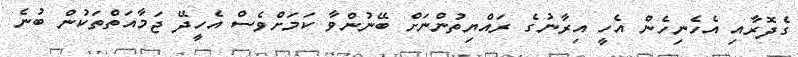
ގެދޮރާއި އެހެނިހެން އެހީ އިރާނުގެ ރައްޔިތުންނަށް ބޭނުންވާ ކަމަށްވެސް އެހީދޭ ޖަމާއަތްތަކުން ބުނެ